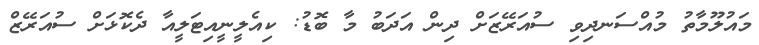
މައުލޫމާތު މުއްސަނދިވި ސުއަރޭޒަށް ދިން އަދަބު މާ ބޮޑު: ކިއެލީނީއިޓަލީއާ ދެކޮޅަށް ސުއަރޭޒް